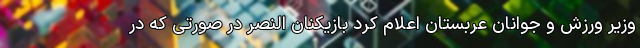
وزیر ورزش و جوانان عربستان اعلام کرد بازیکنان النصر در صورتی که در